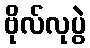
ဗိုလ်လုပွဲ